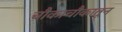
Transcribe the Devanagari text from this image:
चौकाचौकातून